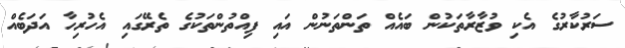
ސަރުކާރުގެ އެކި ވުޒާރާތަކުން ބައެއް ތަންތަނުން އައި ފިއްތުންތަކުގެ ތެރޭގައި އެހުރިހާ އަދަބެއް